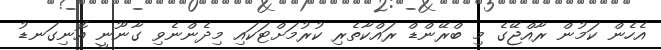
އެހެން ކަމުން ރާއްޖޭގެ މި ބްރޭންޑް ރައްކާތެރި ކުރުމަށްޓަކައި މިދެންނެވި ގާނޫނީ އޮނިގަނޑު